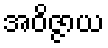
အဝိဇ္ဇာယ